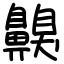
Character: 齅